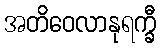
အတိဝေလာနုရက္ခီ